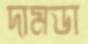
দামডা